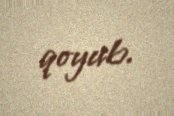
qoyub.